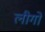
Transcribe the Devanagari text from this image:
लीगो